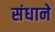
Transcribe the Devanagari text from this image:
संधाने